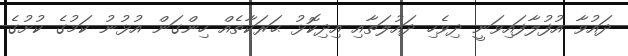
ދައުވާ އުފުލާފައިވަނީ ދިވެހި ދައުލަތާއި އިދިކޮޅު ޙަރަކާތެއް ހިންގަން އުޅުނު ކަމުގެ ކުށުގެ